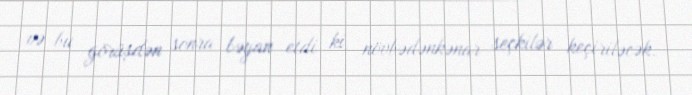
və bu görüşdən sonra bəyan etdi ki, növbədənkənar seçkilər keçiriləcək.